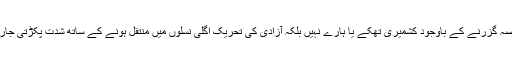
اتنا عرصہ گزرنے کے باوجود کشمیری تھکے یا ہارے نہیں بلکہ آزادی کی تحریک اگلی نسلوں میں منتقل ہونے کے ساتھ شدت پکڑتی جارہی ہے۔